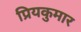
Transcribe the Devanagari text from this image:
प्रियकुमार